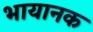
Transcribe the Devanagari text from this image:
भायानक